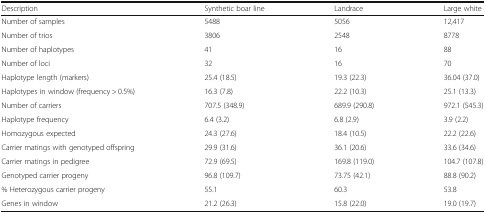
<table><thead><tr><td><b>Description</b></td><td><b>Synthetic boar line</b></td><td><b>Landrace</b></td><td><b>Large white</b></td></tr></thead><tbody><tr><td>Number of samples</td><td>5488</td><td>5056</td><td>12,417</td></tr><tr><td>Number of trios</td><td>3806</td><td>2548</td><td>8778</td></tr><tr><td>Number of haplotypes</td><td>41</td><td>16</td><td>88</td></tr><tr><td>Number of loci</td><td>32</td><td>16</td><td>70</td></tr><tr><td>Haplotype length (markers)</td><td>25.4 (18.5)</td><td>19.3 (22.3)</td><td>36.04 (37.0)</td></tr><tr><td>Haplotypes in window (frequency &gt; 0.5%)</td><td>16.3 (7.8)</td><td>22.2 (10.3)</td><td>25.1 (13.3)</td></tr><tr><td>Number of carriers</td><td>707.5 (348.9)</td><td>689.9 (290.8)</td><td>972.1 (545.3)</td></tr><tr><td>Haplotype frequency</td><td>6.4 (3.2)</td><td>6.8 (2.9)</td><td>3.9 (2.2)</td></tr><tr><td>Homozygous expected</td><td>24.3 (27.6)</td><td>18.4 (10.5)</td><td>22.2 (22.6)</td></tr><tr><td>Carrier matings with genotyped offspring</td><td>29.9 (31.6)</td><td>36.1 (20.6)</td><td>33.6 (34.6)</td></tr><tr><td>Carrier matings in pedigree</td><td>72.9 (69.5)</td><td>169.8 (119.0)</td><td>104.7 (107.8)</td></tr><tr><td>Genotyped carrier progeny</td><td>96.8 (109.7)</td><td>73.75 (42.1)</td><td>88.8 (90.2)</td></tr><tr><td>% Heterozygous carrier progeny</td><td>55.1</td><td>60.3</td><td>53.8</td></tr><tr><td>Genes in window</td><td>21.2 (26.3)</td><td>15.8 (22.0)</td><td>19.0 (19.7)</td></tr></tbody></table>